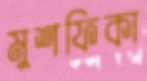
মুশফিকা